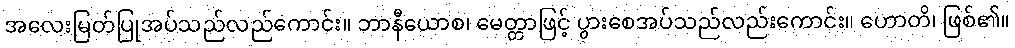
အလေးမြတ်ပြုအပ်သည်လည်ကောင်း။ ဘာနီယောစ၊ မေတ္တာဖြင့် ပွားစေအပ်သည်လည်းကောင်း။ ဟောတိ၊ ဖြစ်၏။